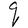
Character: q